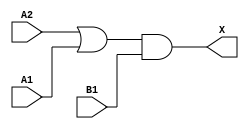
module sky130_fd_sc_hdll__o21a (
    X ,
    A1,
    A2,
    B1
);

    // Module ports
    output X ;
    input  A1;
    input  A2;
    input  B1;

    // Module supplies
    supply1 VPWR;
    supply0 VGND;
    supply1 VPB ;
    supply0 VNB ;

    // Local signals
    wire or0_out   ;
    wire and0_out_X;

    //  Name  Output      Other arguments
    or  or0  (or0_out   , A2, A1         );
    and and0 (and0_out_X, or0_out, B1    );
    buf buf0 (X         , and0_out_X     );

endmodule